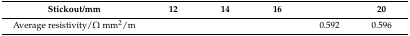
<table><thead><tr><td><b>Stickout/mm</b></td><td><b>12</b></td><td><b>14</b></td><td><b>16</b></td><td>[EMPTY_CELL]</td><td><b>20</b></td></tr></thead><tbody><tr><td>Average resistivity/Ω mm2/m</td><td>[EMPTY_CELL]</td><td>[EMPTY_CELL]</td><td>[EMPTY_CELL]</td><td>0.592</td><td>0.596</td></tr></tbody></table>